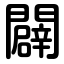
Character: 闢